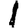
Digit: 1